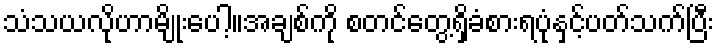
သံသယလိုဟာမျိုးပေါ့။အချစ်ကို စတင်တွေ့ရှိခံစားရပုံနှင့်ပတ်သက်ပြီး